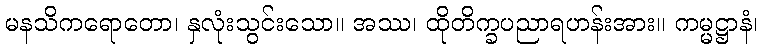
မနသိကရောတော၊ နှလုံးသွင်းသော။ အဿ၊ ထိုတိက္ခပညာရဟန်းအား။ ကမ္မဋ္ဌာနံ၊